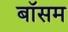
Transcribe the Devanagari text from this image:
बॉसम